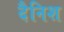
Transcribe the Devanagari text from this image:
दैनिश